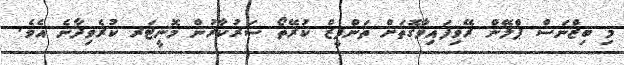
މި ބިޒްނަސް ޕްލޭން ރޭވިފައިވާގޮތަށް ތަންފީޒް ކުރޭތޯ ސަރުކާރުން މޮނީޓަރ ކުރެވިދާނެ އެވެ.